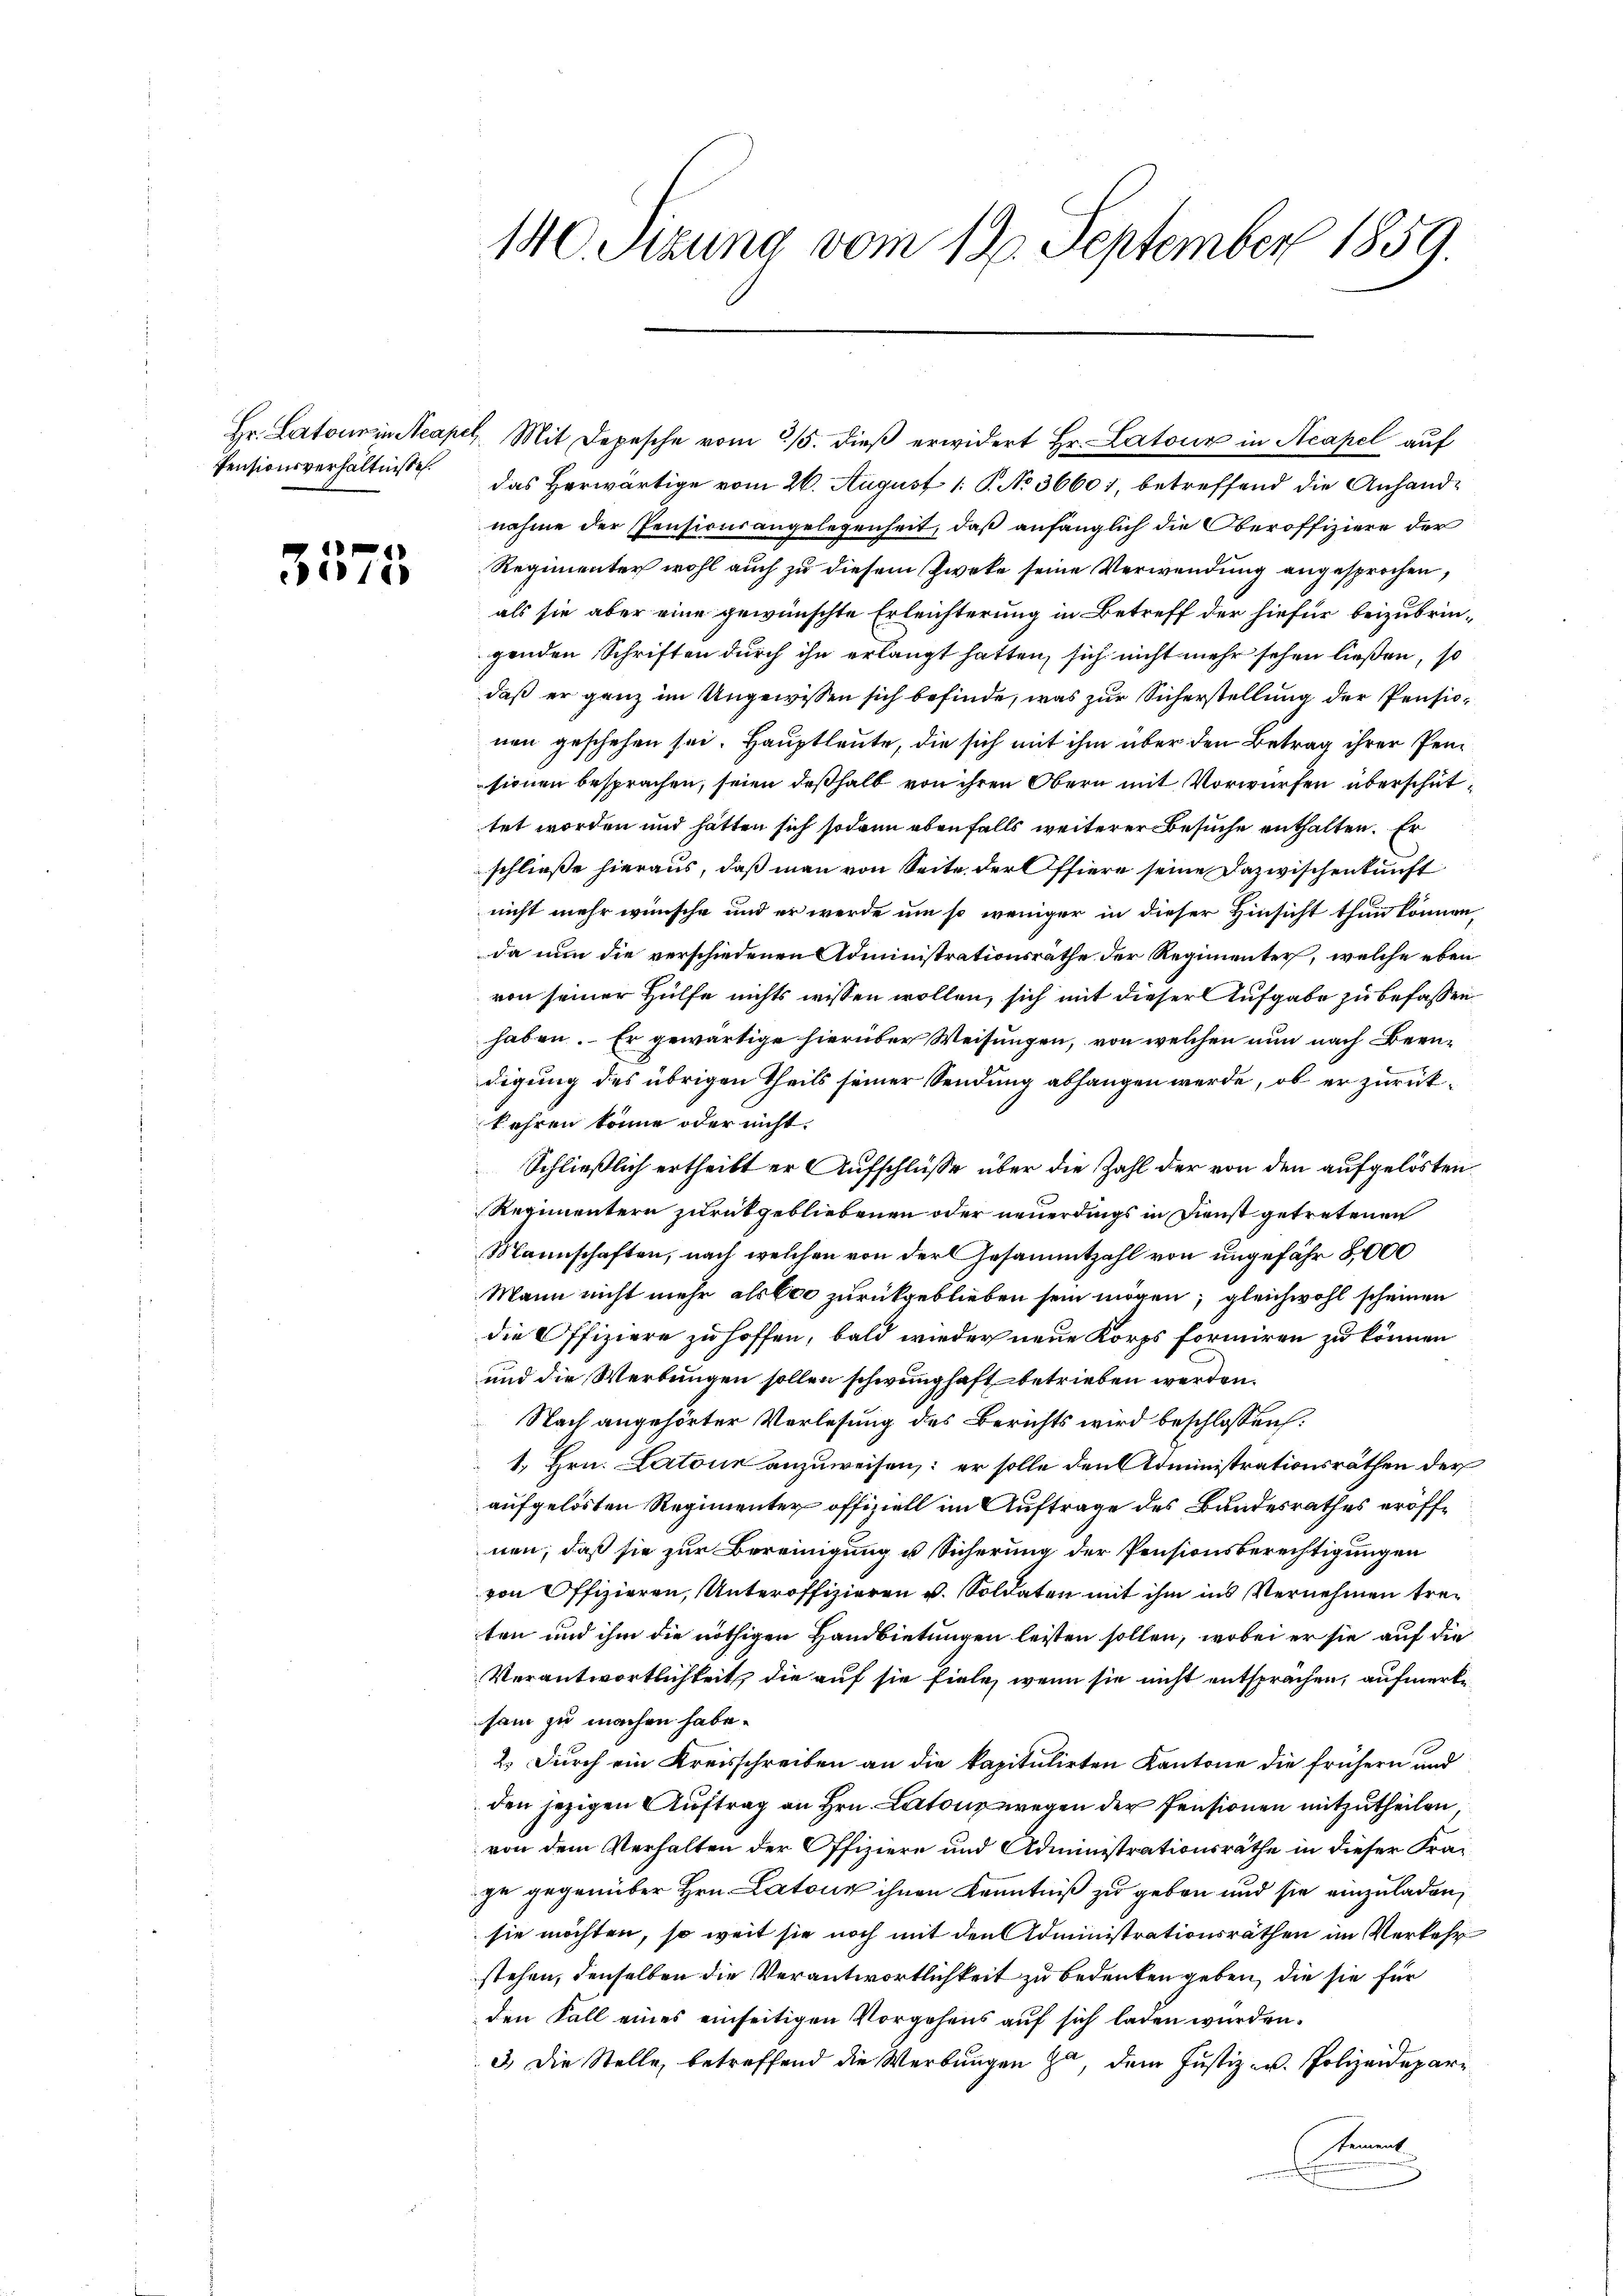
Pensionsverhältnisse.

3575

140. Sizung vom 19. September 1859.

Hr. Latour in Neapel. Mit Depesche vom 25. dieβ erwidert Hr. Latour in Acapel auf
das Herwärtige vom 26. August 1 P. No 36607, betreffend die Anhandnahme der Pensionsangelegenheit, daß anfänglich die Oberoffiziere der
Regimenter wohl auch zu diesem Zweke seine Verwendung angesprochen,
als sie aber eine gewünschte Erleichterung in Betreff der hiefür beizubringenden Schriften durch ihn erlangt hatten, sich nicht mehr sehen ließen, so
daß er ganz im Ungewissen sich befinde, was zur Sicherstellung der Pensionen geschehen sei. Hauptleute, die sich mit ihm über den Betrag ihrer Pensionen besprachen, seien deßhalb von ihren Obern mit Vorwürfen überschüttet worden und hätten sich sodann ebenfalls weiterer Besuche enthalten. Er
schließe hieraus, daß man von Seite der Offiere seine Dazwischenkunft
nicht mehr wünsche und er werde um so weniger in dieser Hinsicht thun können,
da nun die verschiedenen Administrationsräthe der Regimenter, welche eben
von seiner Hülfe nichts wissen wollen, sich mit dieser Aufgabe zu befassen
haben. Er gewärtige hierüber Weisungen, von welchen nun nach Beendigung des übrigen Theils seiner Sendung abhangen werde, ob er zurückkehren könne oder nicht.
Schließlich ertheilt er Aufschlüsse über die Zahl der von den aufgelösten.
Regimentern zurückgebliebenen oder neuerdings in Dienst getretenen
Mannschaften, nach welchen von der Gesammtzahl von ungefähr 8,000
Mann nicht mehr als bei zurückgeblieben sein mögen; gleichwohl scheinen
die Offiziere zu hoffen, bald wieder neue Korps formiren zu können
und die Werbungen sollen schwunghaft betrieben werden.
Nach angehörter Vorlesung des Berichts wird beschlossen:
1. Hrn. Latone anzuweisen: er solle den Administrationsräthen der
aufgelösten Regimenter offiziell im Auftrage des Bundesrathes eröffnen, daß sie zur Bereinigung u Sicherung der Pensionsberechtigungen
von Offizieren, Unteroffizieren v. Soldaten mit ihm ins Vernehmen treten und ihm die nöthigen Handbietungen leisten sollen, wobei er sie auf die
Verantwortlichkeit, die auf sie fiele, wenn sie nicht entsprächen, aufmerksam zu machen habe.
2.) Durch ein Kreisschreiben an die kapitulirten Kantone die frühern und
den jezigen Auftrag an Hrn. Latons wegen der Pensionen mitzutheilen,
von dem Verhalten der Offiziere und Administrationsräthe in dieser Frage gegenüber Hrn. Latone ihnen Kenntniß zu geben und sie einzuladen,
sie möchten, so weit sie noch mit den Administrationsräthen im Verkehr
stehen, denselben die Verantwortlichkeit zu bedenken geben, die sie für
den Fall eines einseitigen Vorgehens auf sich laden würden.
3.) Die Stelle, betreffend die Werbungen zu, dem Justiz- u. Polizeidepartement